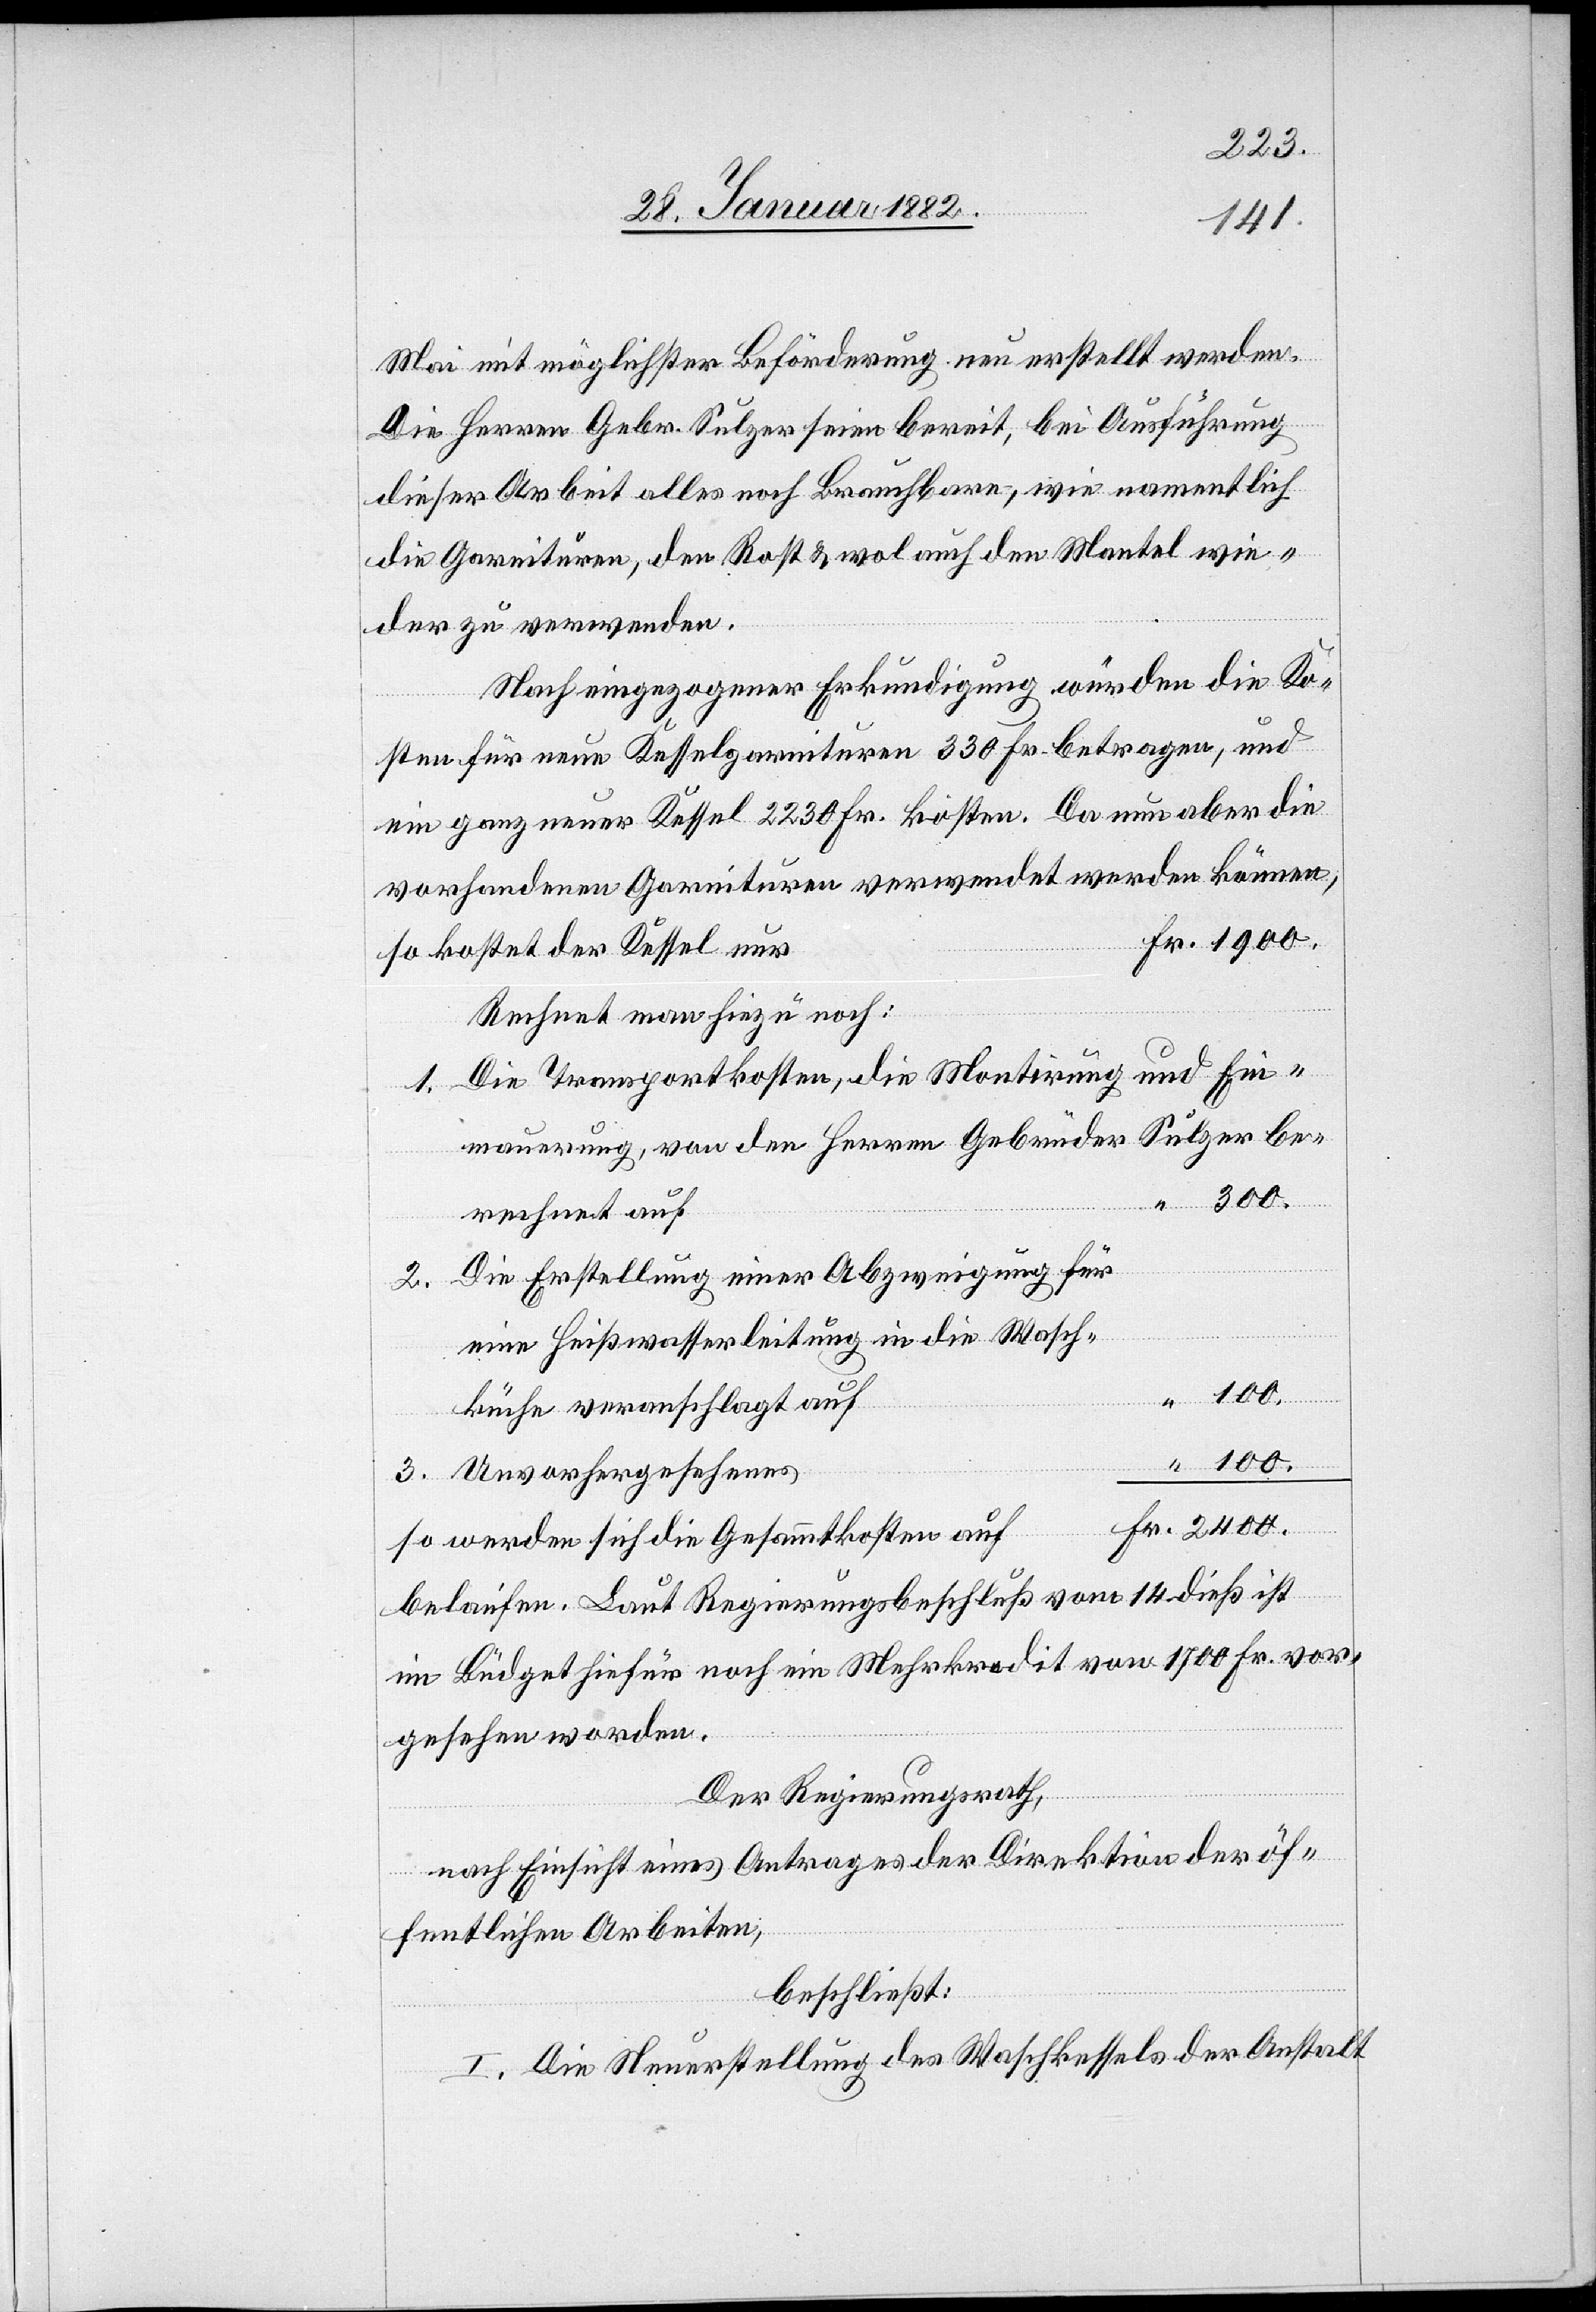
Mai mit möglichster Beförderung neu erstellt werden.
Die Herren Gebr. Sulzer seinen bereit, bei Ausführung
dieser Arbeit alles noch Brauchbare, wie namentlich
die Garnituren, den Rost & wol auch den Mantel wie¬
der zu verwenden.
Nach eingegangener Erkundigung würden die Ko¬
sten für neue Kesselgarnituren 330 Fr. betragen, und
ein ganz neuer Kessel 2230 Fr. kosten. Da nun aber die
vorhandenen Garnituren verwendet werden können,
Fr. 1900.
so kostet der Kessel nur
Rechnet man hiezu noch:
1. Die Transportkosten, die Montierung und Ein¬
mauerung, von den Herren Gerbüder Sulzer be¬
“ 300.
rechnet auf
Die Erstellung einer Abzweigung für
2.
eine Heißwasserleitung in die Wach¬
“ 100.
küche
3. Unvorhergesehenes
Fr. 2400.
so werden sich die Gesammtkosten auf
belaufen. Laut Regierungsbeschluß vom 14. dieß ist
im Budget hiefür noch ein Mehrkredit von 1700 Fr. vor¬
gesehen worden.
Der Regierungsrath,
nach Einsicht eines Antrages der Direktion der öf¬
fentlichen Arbeiten,
beschließt:
I. Die Neuerstellung des Waschkessels der Anstalt